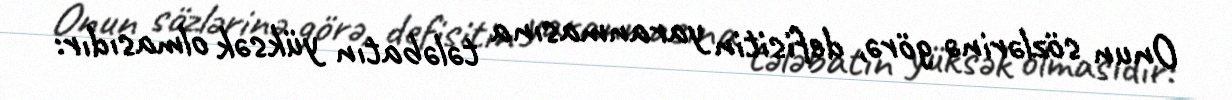
Onun sözlərinə görə, defisitin yaranmasına tələbatın yüksək olmasıdır: